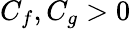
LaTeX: C_{f},C_{g}>0